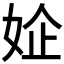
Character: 𰌃